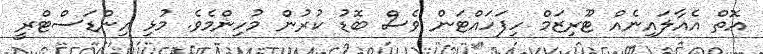
އޮތް އެއާލައިނެއް ޓޫރިޒަމް ހިފަހައްޓަން ވެސް ބޮޑު ކުރުން މުހިންމެވެ. މުޅި އިންޑަސްޓްރީ